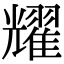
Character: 耀